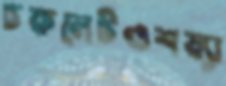
চকলেটওশয্যা